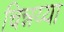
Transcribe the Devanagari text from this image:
चिन्नय्या